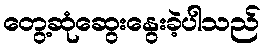
တွေ့ဆုံဆွေးနွေးခဲ့ပါသည်